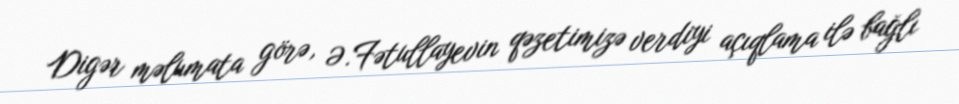
Digər məlumata görə, Ə.Fətullayevin qəzetimizə verdiyi açıqlama ilə bağlı